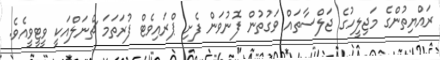
ރައްޔިތުންގެ މަޖިލީހުގެ ޖަލްސާތައް ވަގުތުން ފޮނުވަން ފެށި ޕްރައިވެޓް ފުރަތަމަ ޗެނަލްއަކީ ވީޓީވީއެވެ.